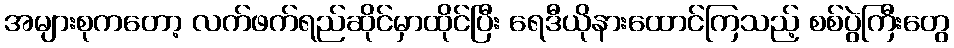
အများစုကတော့ လက်ဖက်ရည်ဆိုင်မှာထိုင်ပြီး ရေဒီယိုနားထောင်ကြသည့် စစ်ပွဲကြီးတွေ